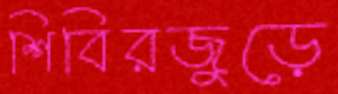
শিবিরজুড়ে